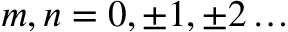
m , n = 0 , \pm 1 , \pm 2 \ldots